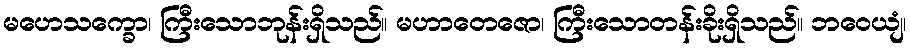
မဟေသက္ခော၊ ကြီးသောဘုန်းရှိသည်။ မဟာတေဇော၊ ကြီးသောတန်းခိုးရှိသည်။ ဘဝေယျံ၊